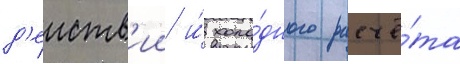
д'еиств'ии и́ холо́дного расчё́та